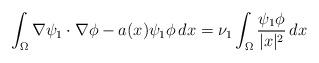
LaTeX: \begin{align*}\int_{\Omega}\nabla \psi_1\cdot \nabla \phi-a(x)\psi_1\phi\, dx=\nu_1\int_{\Omega}\frac{\psi_1\phi}{|x|^2}\, dx \end{align*}